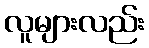
လူများလည်း